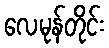
လေမုန်တိုင်း